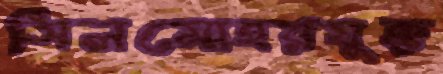
সিলমোহরযুক্ত